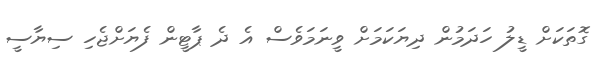
ގޮތަކަށް ޑީލު ހަދަމުން ދިޔަކަމަށް ވީނަމަވެސް އެ ދެ ޕާޓީން ފެޔަށްޖެހި ސިޔާސީ